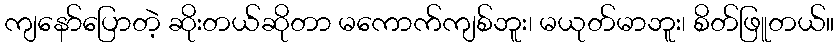
ကျနော်ပြောတဲ့ ဆိုးတယ်ဆိုတာ မကောက်ကျစ်ဘူး၊ မယုတ်မာဘူး၊ စိတ်ဖြူတယ်။